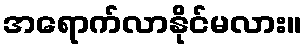
အရောက်လာနိုင်မလား။